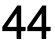
44